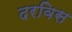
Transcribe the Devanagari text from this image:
दरविस